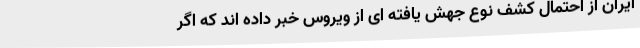
ایران از احتمال کشف نوع جهش یافته ای از ویروس خبر داده اند که اگر